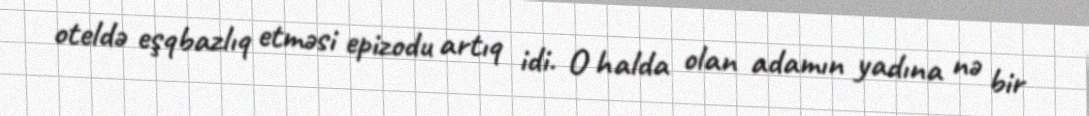
oteldə eşqbazlıq etməsi epizodu artıq idi. O halda olan adamın yadına nə bir